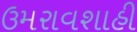
ઉમરાવશાહી